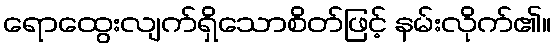
ရောထွေးလျက်ရှိသောစိတ်ဖြင့် နမ်းလိုက်၏။